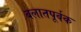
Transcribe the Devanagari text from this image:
बलातपूर्वक